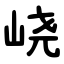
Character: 峣